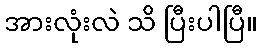
အားလုံးလဲ သိ ပြီးပါပြီ။